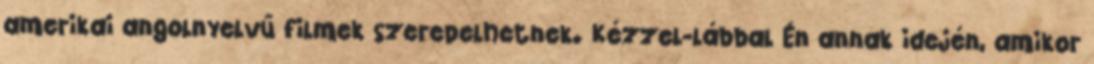
amerikai angolnyelvű filmek szerepelhetnek. Kézzel-lábbal Én annak idején, amikor